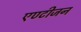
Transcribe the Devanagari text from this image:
एण्टीजन